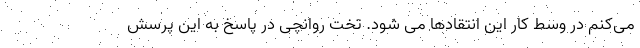
می‌کنم در وسط کار این انتقادها می شود. تخت روانچی در پاسخ به این پرسش